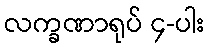
လက္ခဏာရုပ် ၄-ပါး